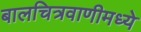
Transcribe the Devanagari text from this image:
बालचित्रवाणीमध्ये